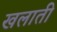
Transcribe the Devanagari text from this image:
खलाती